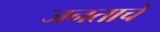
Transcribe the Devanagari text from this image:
जनताचे